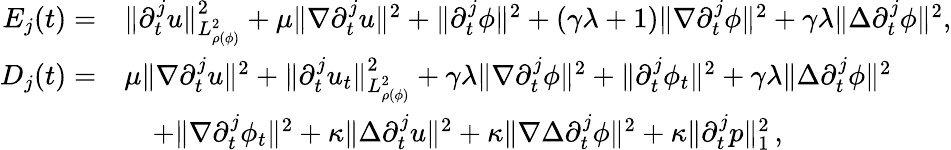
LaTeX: \begin{array}{rl}{{E}_{j}(t)=}&{\| \partial_{t}^{j}u\| _{L_{\rho(\phi)}^{2}}^{2}+\mu\| \nabla\partial_{t}^{j}u\| ^{2}+\| \partial_{t}^{j}\phi\| ^{2}+(\gamma\lambda+1)\| \nabla\partial_{t}^{j}\phi\| ^{2}+\gamma\lambda\| \Delta\partial_{t}^{j}\phi\| ^{2},}\\ {{D}_{j}(t)=}&{\mu\| \nabla\partial_{t}^{j}u\| ^{2}+\| \partial_{t}^{j}u_{t}\| _{L_{\rho(\phi)}^{2}}^{2}+\gamma\lambda\| \nabla\partial_{t}^{j}\phi\| ^{2}+\| \partial_{t}^{j}\phi_{t}\| ^{2}+\gamma\lambda\| \Delta\partial_{t}^{j}\phi\| ^{2}}\\ &{\quad+\| \nabla\partial_{t}^{j}\phi_{t}\| ^{2}+\kappa\| \Delta\partial_{t}^{j}u\| ^{2}+\kappa\| \nabla\Delta\partial_{t}^{j}\phi\| ^{2}+\kappa\| \partial_{t}^{j}p\| _{1}^{2}\, ,}\end{array}